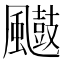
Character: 𮨲